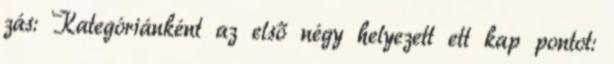
zás: Kategóriánként az első négy helyezett ett kap pontot: